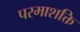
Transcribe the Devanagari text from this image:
परमाशक्ति